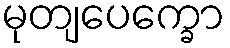
မုတျပေက္ခော